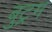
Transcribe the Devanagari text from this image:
बुट्रम